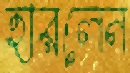
হারলেন